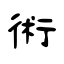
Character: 術